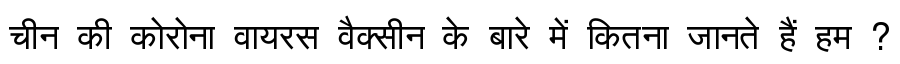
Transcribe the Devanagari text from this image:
चीन की कोरोना वायरस वैक्सीन के बारे में कितना जानते हैं हम ?